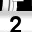
Digit: 2